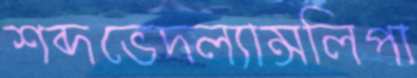
শব্দভেদল্যান্সলিপা